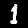
Digit: 1